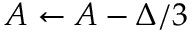
A \leftarrow A - \Delta / 3